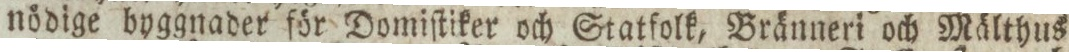
nödige byggnader för Domiſtiker och Statfolk, Bränneri och Mälthus